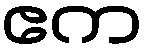
ဧက